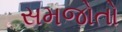
સમજોતો